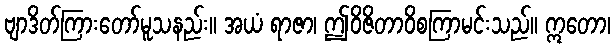
ဗျာဒိတ်ကြားတော်မူသနည်း။ အယံ ရာဇာ၊ ဤဝိဇိတာဝိစကြာမင်းသည်။ ဣတော၊